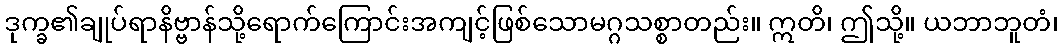
ဒုက္ခ၏ချုပ်ရာနိဗ္ဗာန်သို့ရောက်ကြောင်းအကျင့်ဖြစ်သောမဂ္ဂသစ္စာတည်း။ ဣတိ၊ ဤသို့။ ယဘာဘူတံ၊